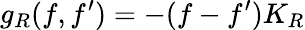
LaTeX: g_{R}(f,f^{\prime})=-(f-f^{\prime})K_{R}